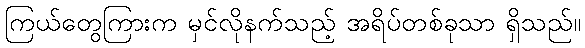
ကြယ်တွေကြားက မှင်လိုနက်သည့် အရိပ်တစ်ခုသာ ရှိသည်။